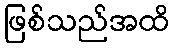
ဖြစ်သည်အထိ